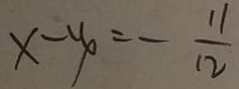
x - y = - \frac { 1 1 } { 1 2 }